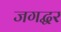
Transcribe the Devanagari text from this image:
जगद्घर